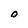
Character: O